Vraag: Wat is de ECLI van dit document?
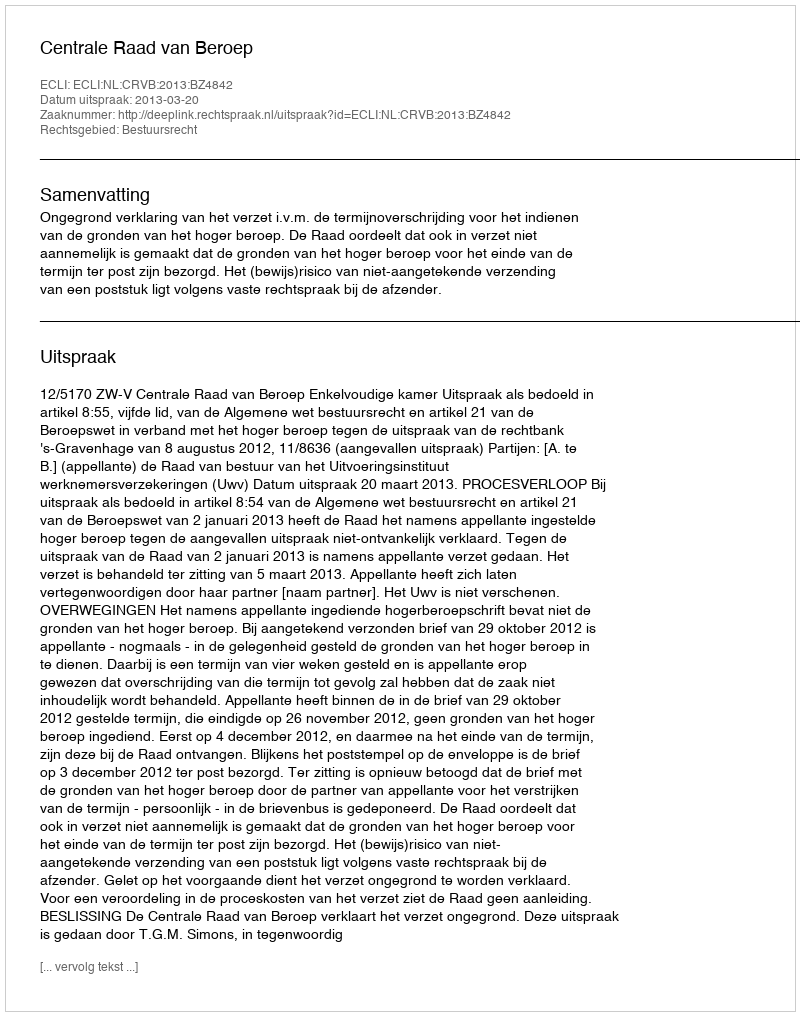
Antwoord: ECLI:NL:CRVB:2013:BZ4842